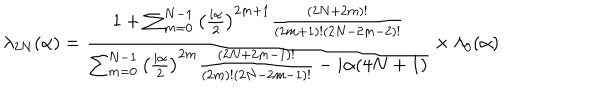
\lambda _ { 2 N } ( \alpha ) = { \frac { 1 + \sum _ { m = 0 } ^ { N - 1 } \left( { \frac { i \alpha } { 2 } } \right) ^ { 2 m + 1 } { \frac { ( 2 N + 2 m ) ! } { ( 2 m + 1 ) ! ( 2 N - 2 m - 2 ) ! } } } { \sum _ { m = 0 } ^ { N - 1 } \left( { \frac { i \alpha } { 2 } } \right) ^ { 2 m } { \frac { ( 2 N + 2 m - 1 ) ! } { ( 2 m ) ! ( 2 N - 2 m - 1 ) ! } } - i \alpha ( 4 N + 1 ) } } \times \lambda _ { 0 } ( \alpha )